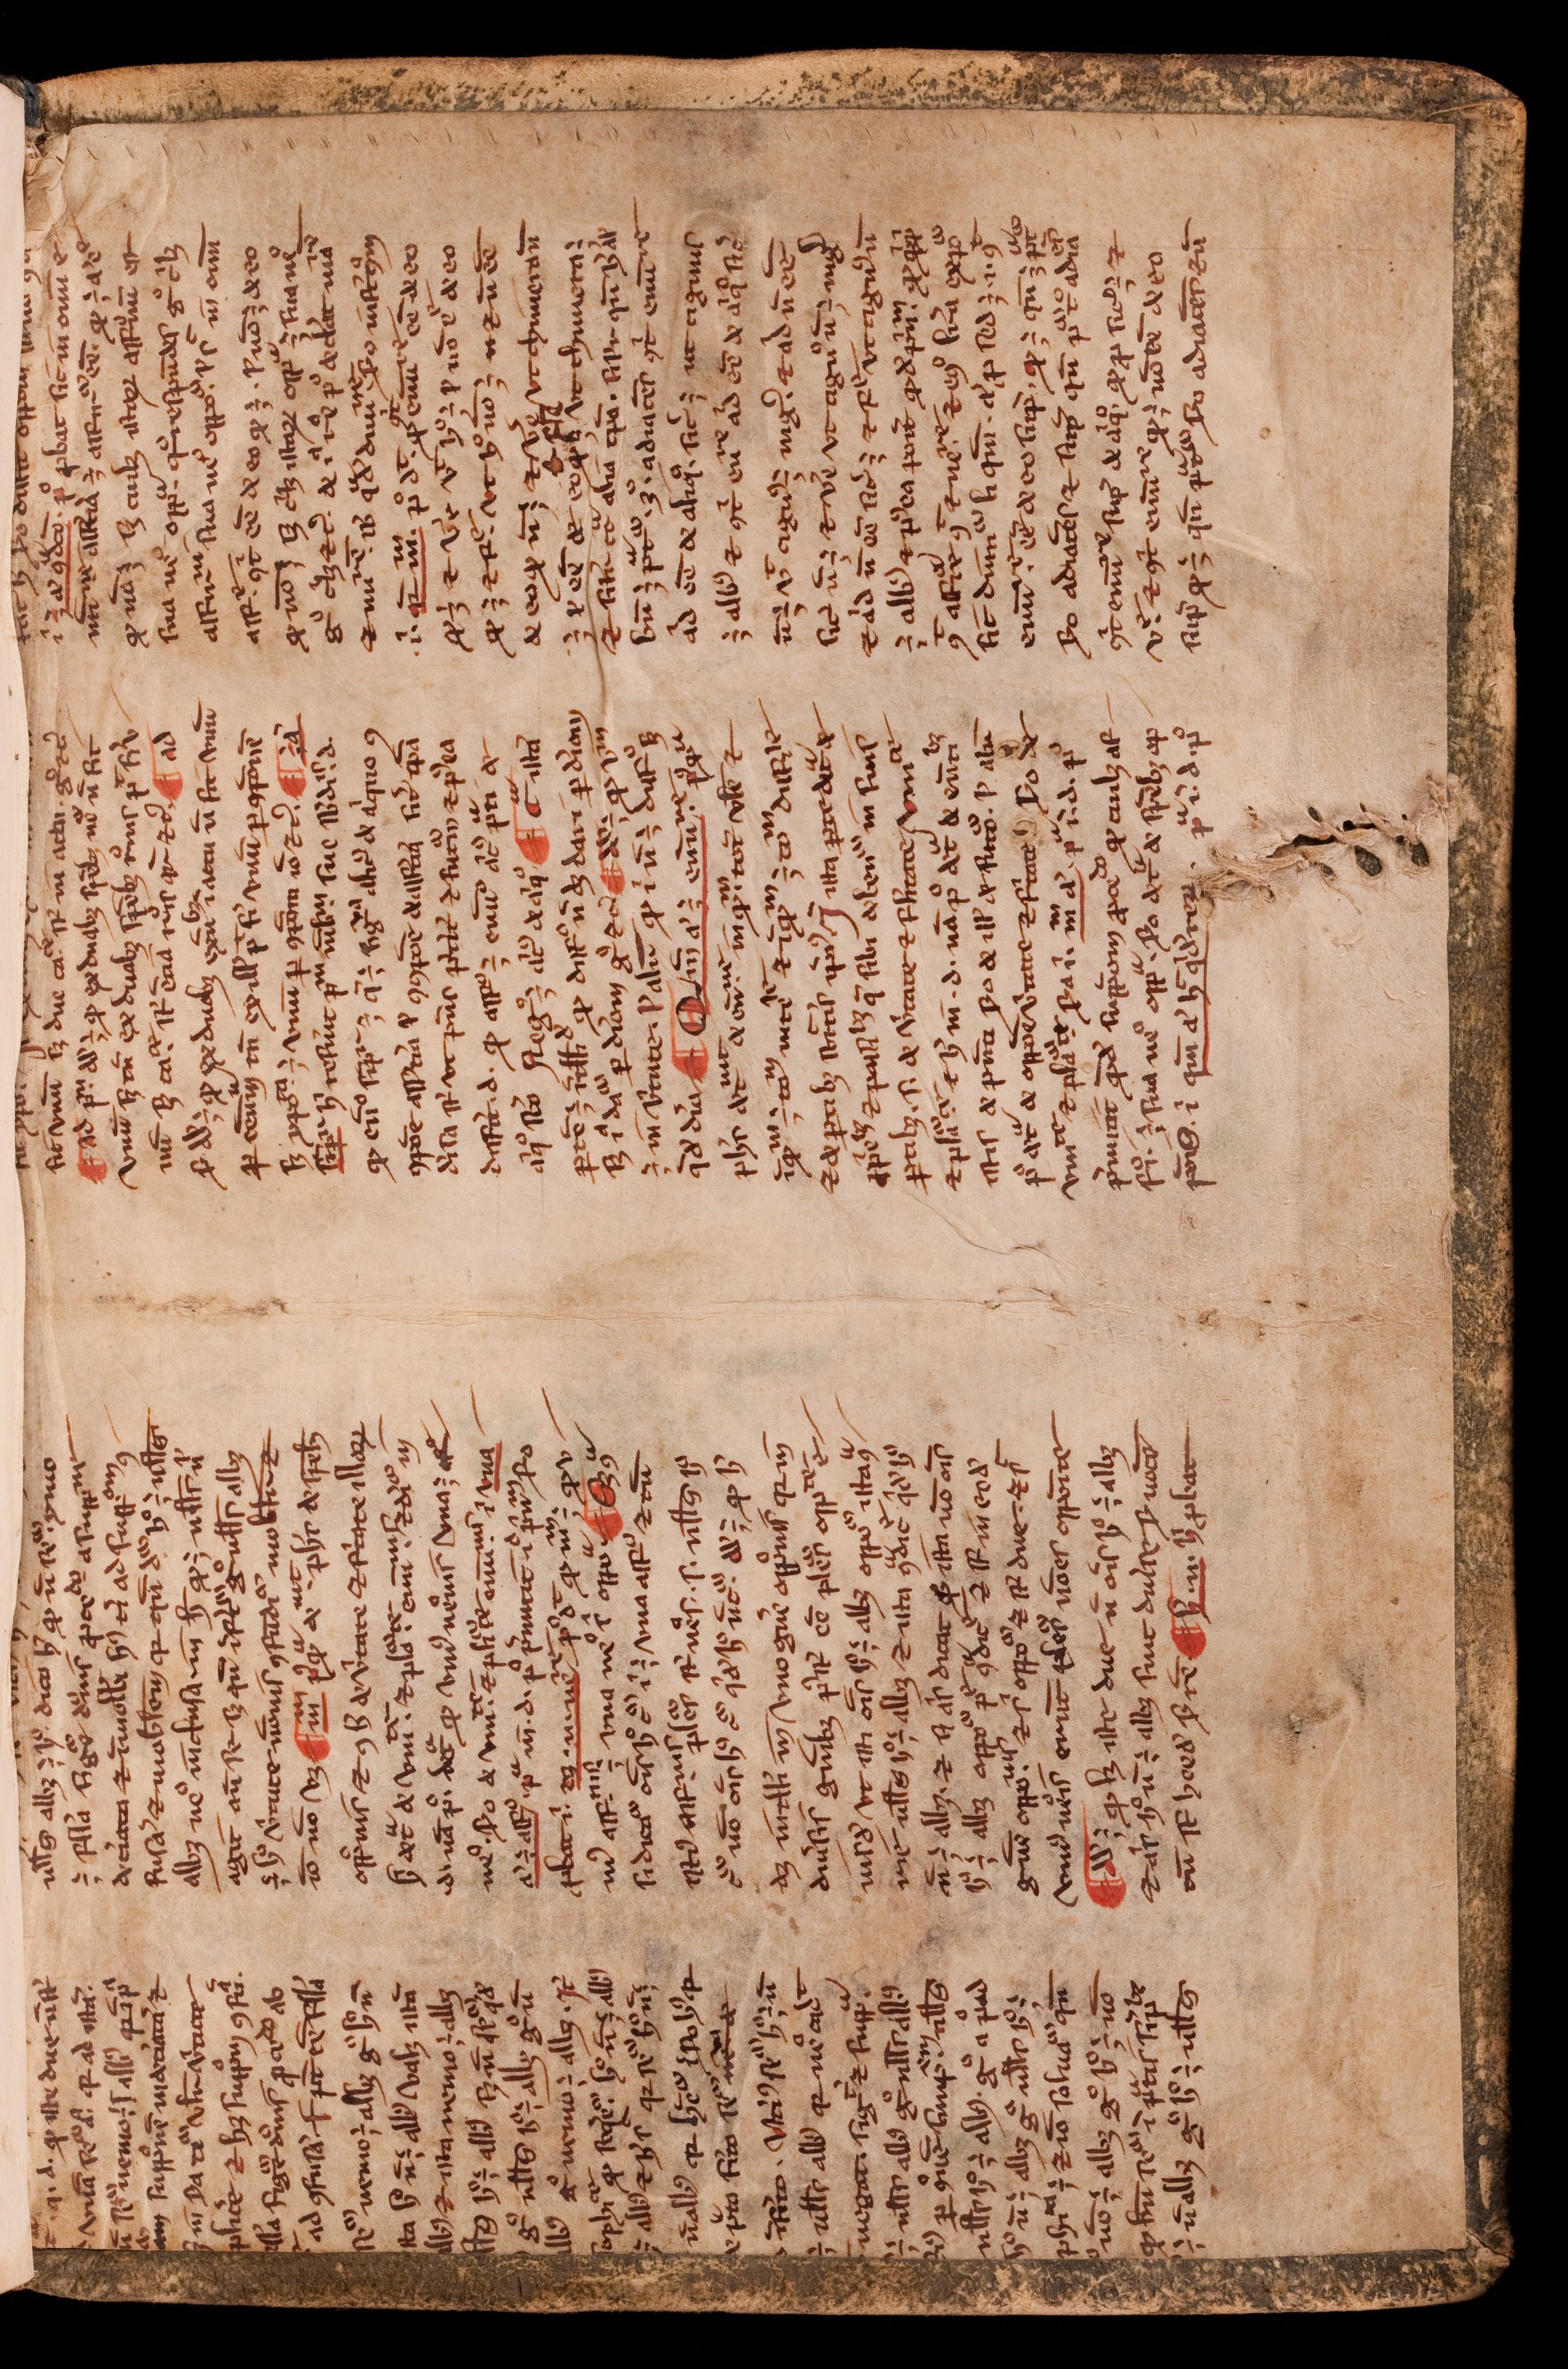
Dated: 1450–1474